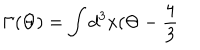
\Gamma ( \Theta ) = \int d ^ { 3 } x ( \Theta - \frac { 4 } { 3 }